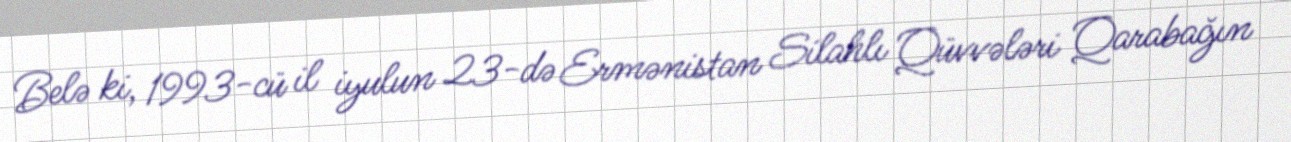
Belə ki, 1993-cü il iyulun 23-də Ermənistan Silahlı Qüvvələri Qarabağın